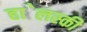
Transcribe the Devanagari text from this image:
हा॓लस्की